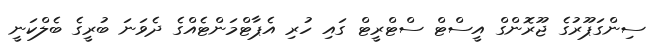
ސިންގަޕޫރުގެ ޖޫރޮންގް އީސްޓް ސްޓްރީޓް ގައި ހުރި އެޕާޓްމަންޓެއްގެ ދެވަނަ ބުރީގެ ބެލްކަނީ